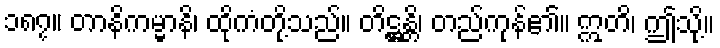
၁၈၇။ တာနိကမ္မာနိ၊ ထိုကံတို့သည်။ တိဋ္ဌန္တိ၊ တည်ကုန်၏။ ဣတိ၊ ဤသို့။